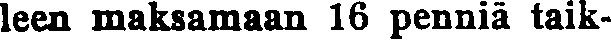
leen maksamaan 16 penniä taik-